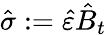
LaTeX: \hat{\sigma}:=\hat{\varepsilon}\hat{B}_{t}